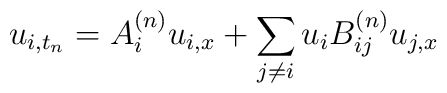
u_{i,t_n} = A_i^{(n)} u_{i,x} + \sum_{j \neq i} u_i B_{ij}^{(n)} u_{j,x}